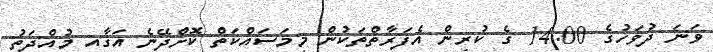
ވަނަ ދުވަހުގެ 14:00 ގެ ކުރިން އެފަރާތްތަކުން މިމަސައްކަތް ކޮށްދޭނެ އަގާއި މުއްދަތު